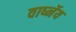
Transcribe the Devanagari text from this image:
वार्ष्नेय